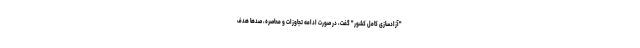
"آزادسازی کامل کشور" گفت، در صورت ادامه تجاوزات و محاصره، صدها هدف